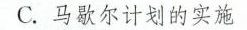
C.马歇尔计划的实施